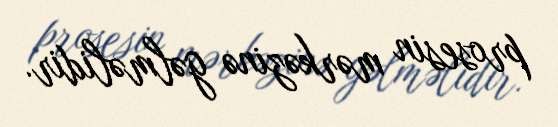
prosesin mərkəzinə gəlməlidir.